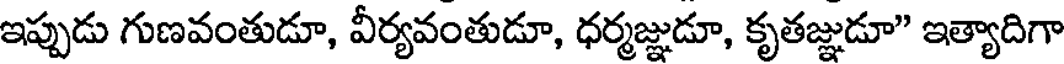
ఇప్పుడు గుణవంతుడూ, వీర్యవంతుడూ, ధర్మజ్ఞుడూ, కృతజ్ఞుడూ" ఇత్యాదిగా